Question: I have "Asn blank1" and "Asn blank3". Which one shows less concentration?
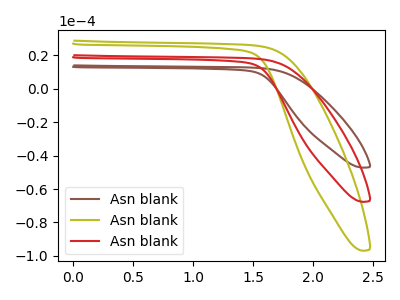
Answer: <think>The brown curve "Asn blank1" has no peaks. The olive curve "Asn blank2" has no peaks. The red curve "Asn blank3" has no peaks.
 Neither "Asn blank1" or "Asn blank3" have any peaks.</think>
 <answer>I cant tell if "Asn blank1" or "Asn blank3" has higher concentration.</answer>
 <eval>mixed_concentration</eval>